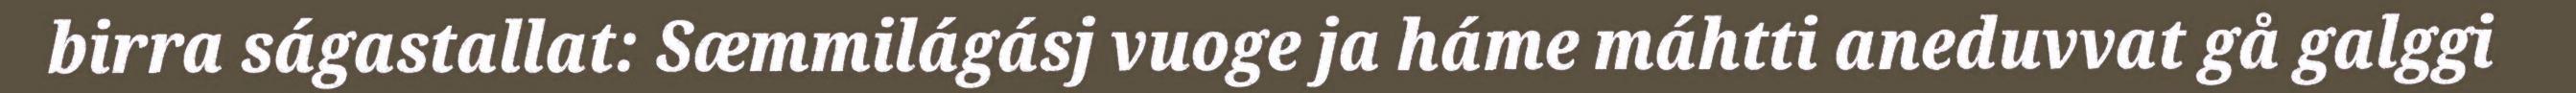
birra ságastallat: Sæmmilágásj vuoge ja háme máhtti aneduvvat gå galggi